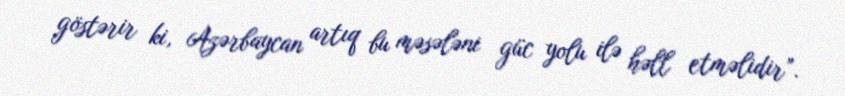
göstərir ki, Azərbaycan artıq bu məsələni güc yolu ilə həll etməlidir”.